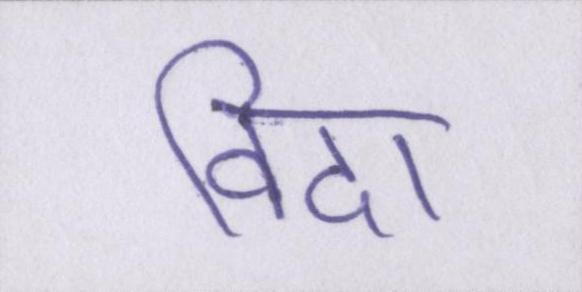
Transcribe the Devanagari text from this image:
विदा